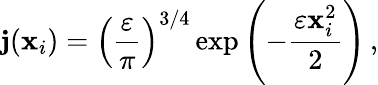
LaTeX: \mathbf{j}({\mathbf{x}}_{i})=\left(\frac{{\varepsilon}}{{\pi}}\right)^{3/4}\, \mathrm{{\exp}}\left(-\frac{{\varepsilon{\mathbf{x}}_{i}^{2}}}{{2}}\right)\, ,